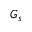
G _ { s }